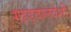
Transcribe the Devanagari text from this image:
गहड़वालवंशी